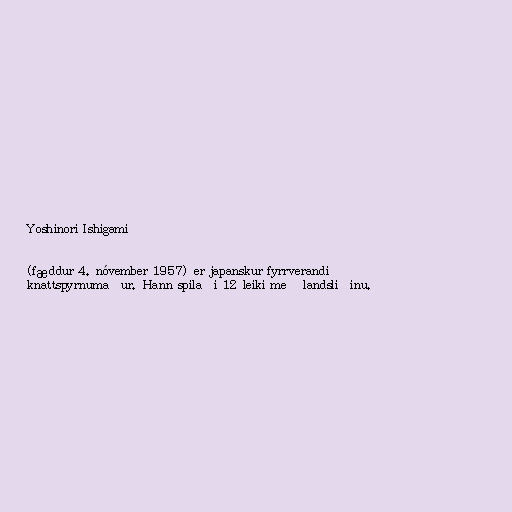
Yoshinori Ishigami

(fæddur 4. nóvember 1957) er japanskur fyrrverandi
knattspyrnumaður. Hann spilaði 12 leiki með landsliðinu.